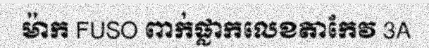
ម៉ាក FUSO ពាក់ផ្លាកលេខតាកែវ 3A